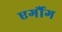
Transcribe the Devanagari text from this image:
एर्गौग